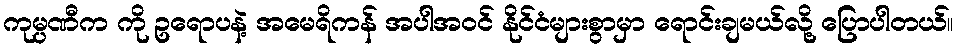
ကုမ္ပဏီက ကို ဥရောပနဲ့ အမေရိကန် အပါအဝင် နိုင်ငံများစွာမှာ ရောင်းချမယ်လို့ ပြောပါတယ်။